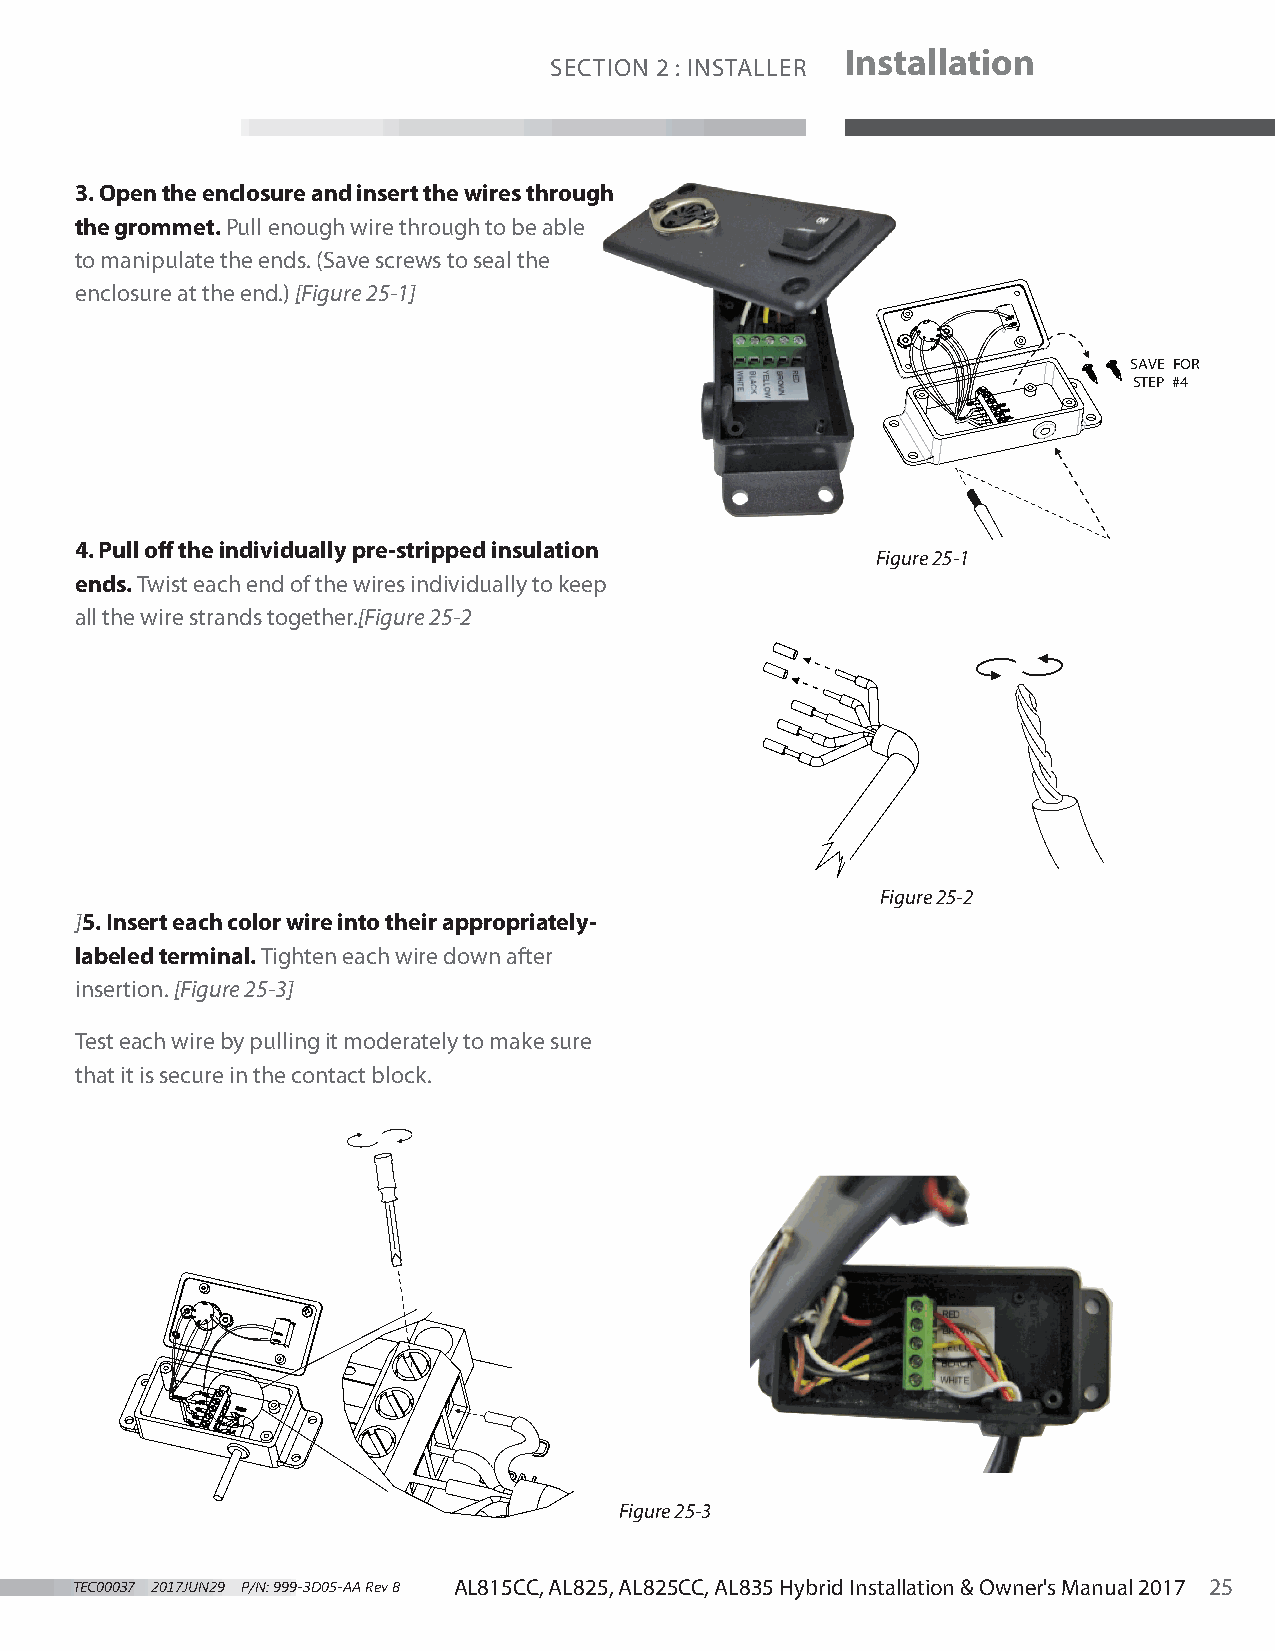
Installation
 SECTION 2 : INSTALLER
 3. Open the enclosure and insert the wires through
 the grommet. Pull enough wire through to be able
 to manipulate the ends. (Save screws to seal the
 enclosure at the end.) [Figure 25-1]
 SAVE FOR
 STEP #4
 4. Pull off the individually pre-stripped insulation
 Figure 25-1
 ends. Twist each end of the wires individually to keep
 all the wire strands together.[Figure 25-2
 Figure 25-2
 ]5. Insert each color wire into their appropriately-
 labeled terminal. Tighten each wire down after
 insertion. [Figure 25-3]
 Test each wire by pulling it moderately to make sure
 that it is secure in the contact block.
 Figure 25-3
 TEC00037 2017JUN29 P/N: 999-3D05-AA Rev B AL815CC, AL825, AL825CC, AL835 Hybrid Installation & Owner's Manual 2017 25